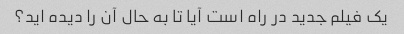
یک فیلم جدید در راه است آیا تا به حال آن را دیده اید؟